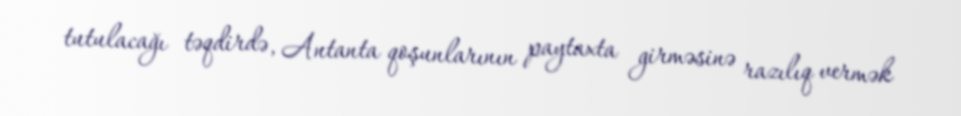
tutulacağı təqdirdə, Antanta qoşunlarının paytaxta girməsinə razılıq vermək